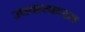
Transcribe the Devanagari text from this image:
उपचारपध्दत